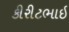
કીરીટભાઇ